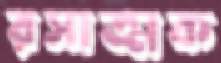
রসাত্মক